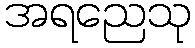
အရညေသု